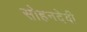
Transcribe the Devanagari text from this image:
सोहनदेवी